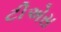
ટીએસ